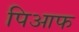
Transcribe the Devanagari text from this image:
पिआफ